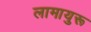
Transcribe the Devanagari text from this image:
लामायुरू